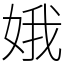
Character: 娥